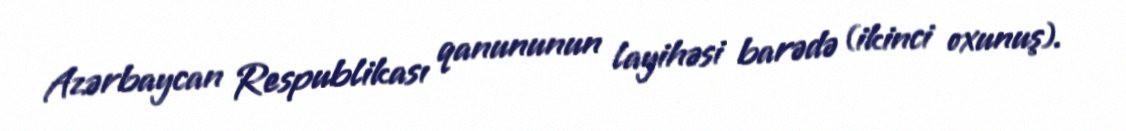
Azərbaycan Respublikası qanununun layihəsi barədə (ikinci oxunuş).